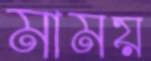
মাময়